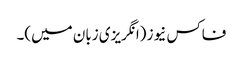
فاکس نیوز (انگریزی زبان میں)۔